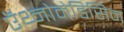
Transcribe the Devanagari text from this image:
ऍथ्नोमेडिसिन